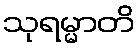
သုရမ္မာတိ